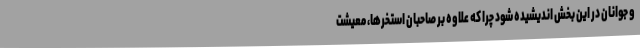
و جوانان در این بخش اندیشیده شود چرا که علاوه بر صاحبان استخرها، معیشت